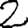
Digit: 2